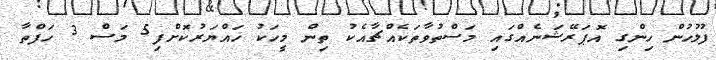
ފުލުހުން ހިންގި އޮޕަރޭޝަނެއްގައި މަސްތުވާތަކެއްޗާއެކު ތިން މީހަކު ހައްޔަރުކޮށްފި5 މަސް 3 ހަފްތާ